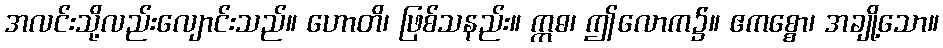
အလင်းသို့လည်းလျောင်းသည်။ ဟောတိ၊ ဖြစ်သနည်း။ ဣဓ၊ ဤလောက၌။ ဧကစ္စော၊ အချို့သော။